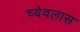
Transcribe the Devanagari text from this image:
च्येवलास